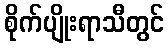
စိုက်ပျိုးရာသီတွင်